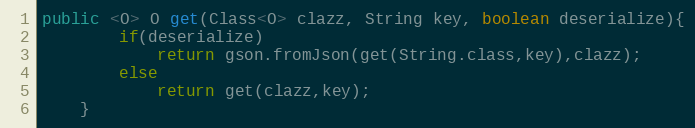
Language: Java
public <O> O get(Class<O> clazz, String key, boolean deserialize){
        if(deserialize)
            return gson.fromJson(get(String.class,key),clazz);
        else
            return get(clazz,key);
    }